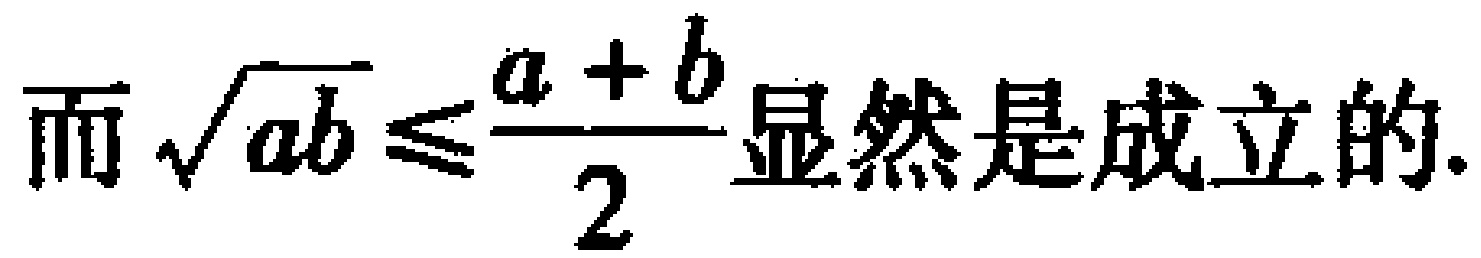
而$\sqrt{ab}\leq\frac{a + b}{2}$显然是成立的.